Subject: physics
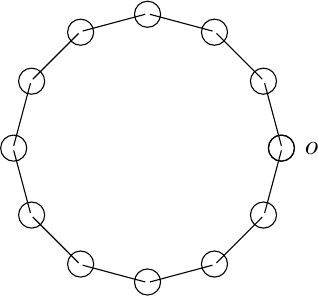
LaTeX code:
\begin{tikzpicture}
\def \n {12}
\def \radius {1.7cm}
\def \margin {1} % margin in angles, depends on the radius
  \node[label=right:{$o$},draw, circle] at ({0}:\radius) {};
\foreach \s in {1,...,\n}
{
  \node[draw, circle] at ({360/\n * (\s - 1)}:\radius) { };
    \draw ({360/\n * (\s - 1)+\margin}:\radius)
    edge ({360/\n * (\s)-\margin}:\radius);
}
\end{tikzpicture}